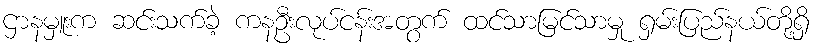
ဌာနမှူးက ဆင်းသက်ခဲ့ ကနဦးလုပ်ငန်းအတွက် ထင်သာမြင်သာမှု ရှမ်းပြည်နယ်တို့ရှိ